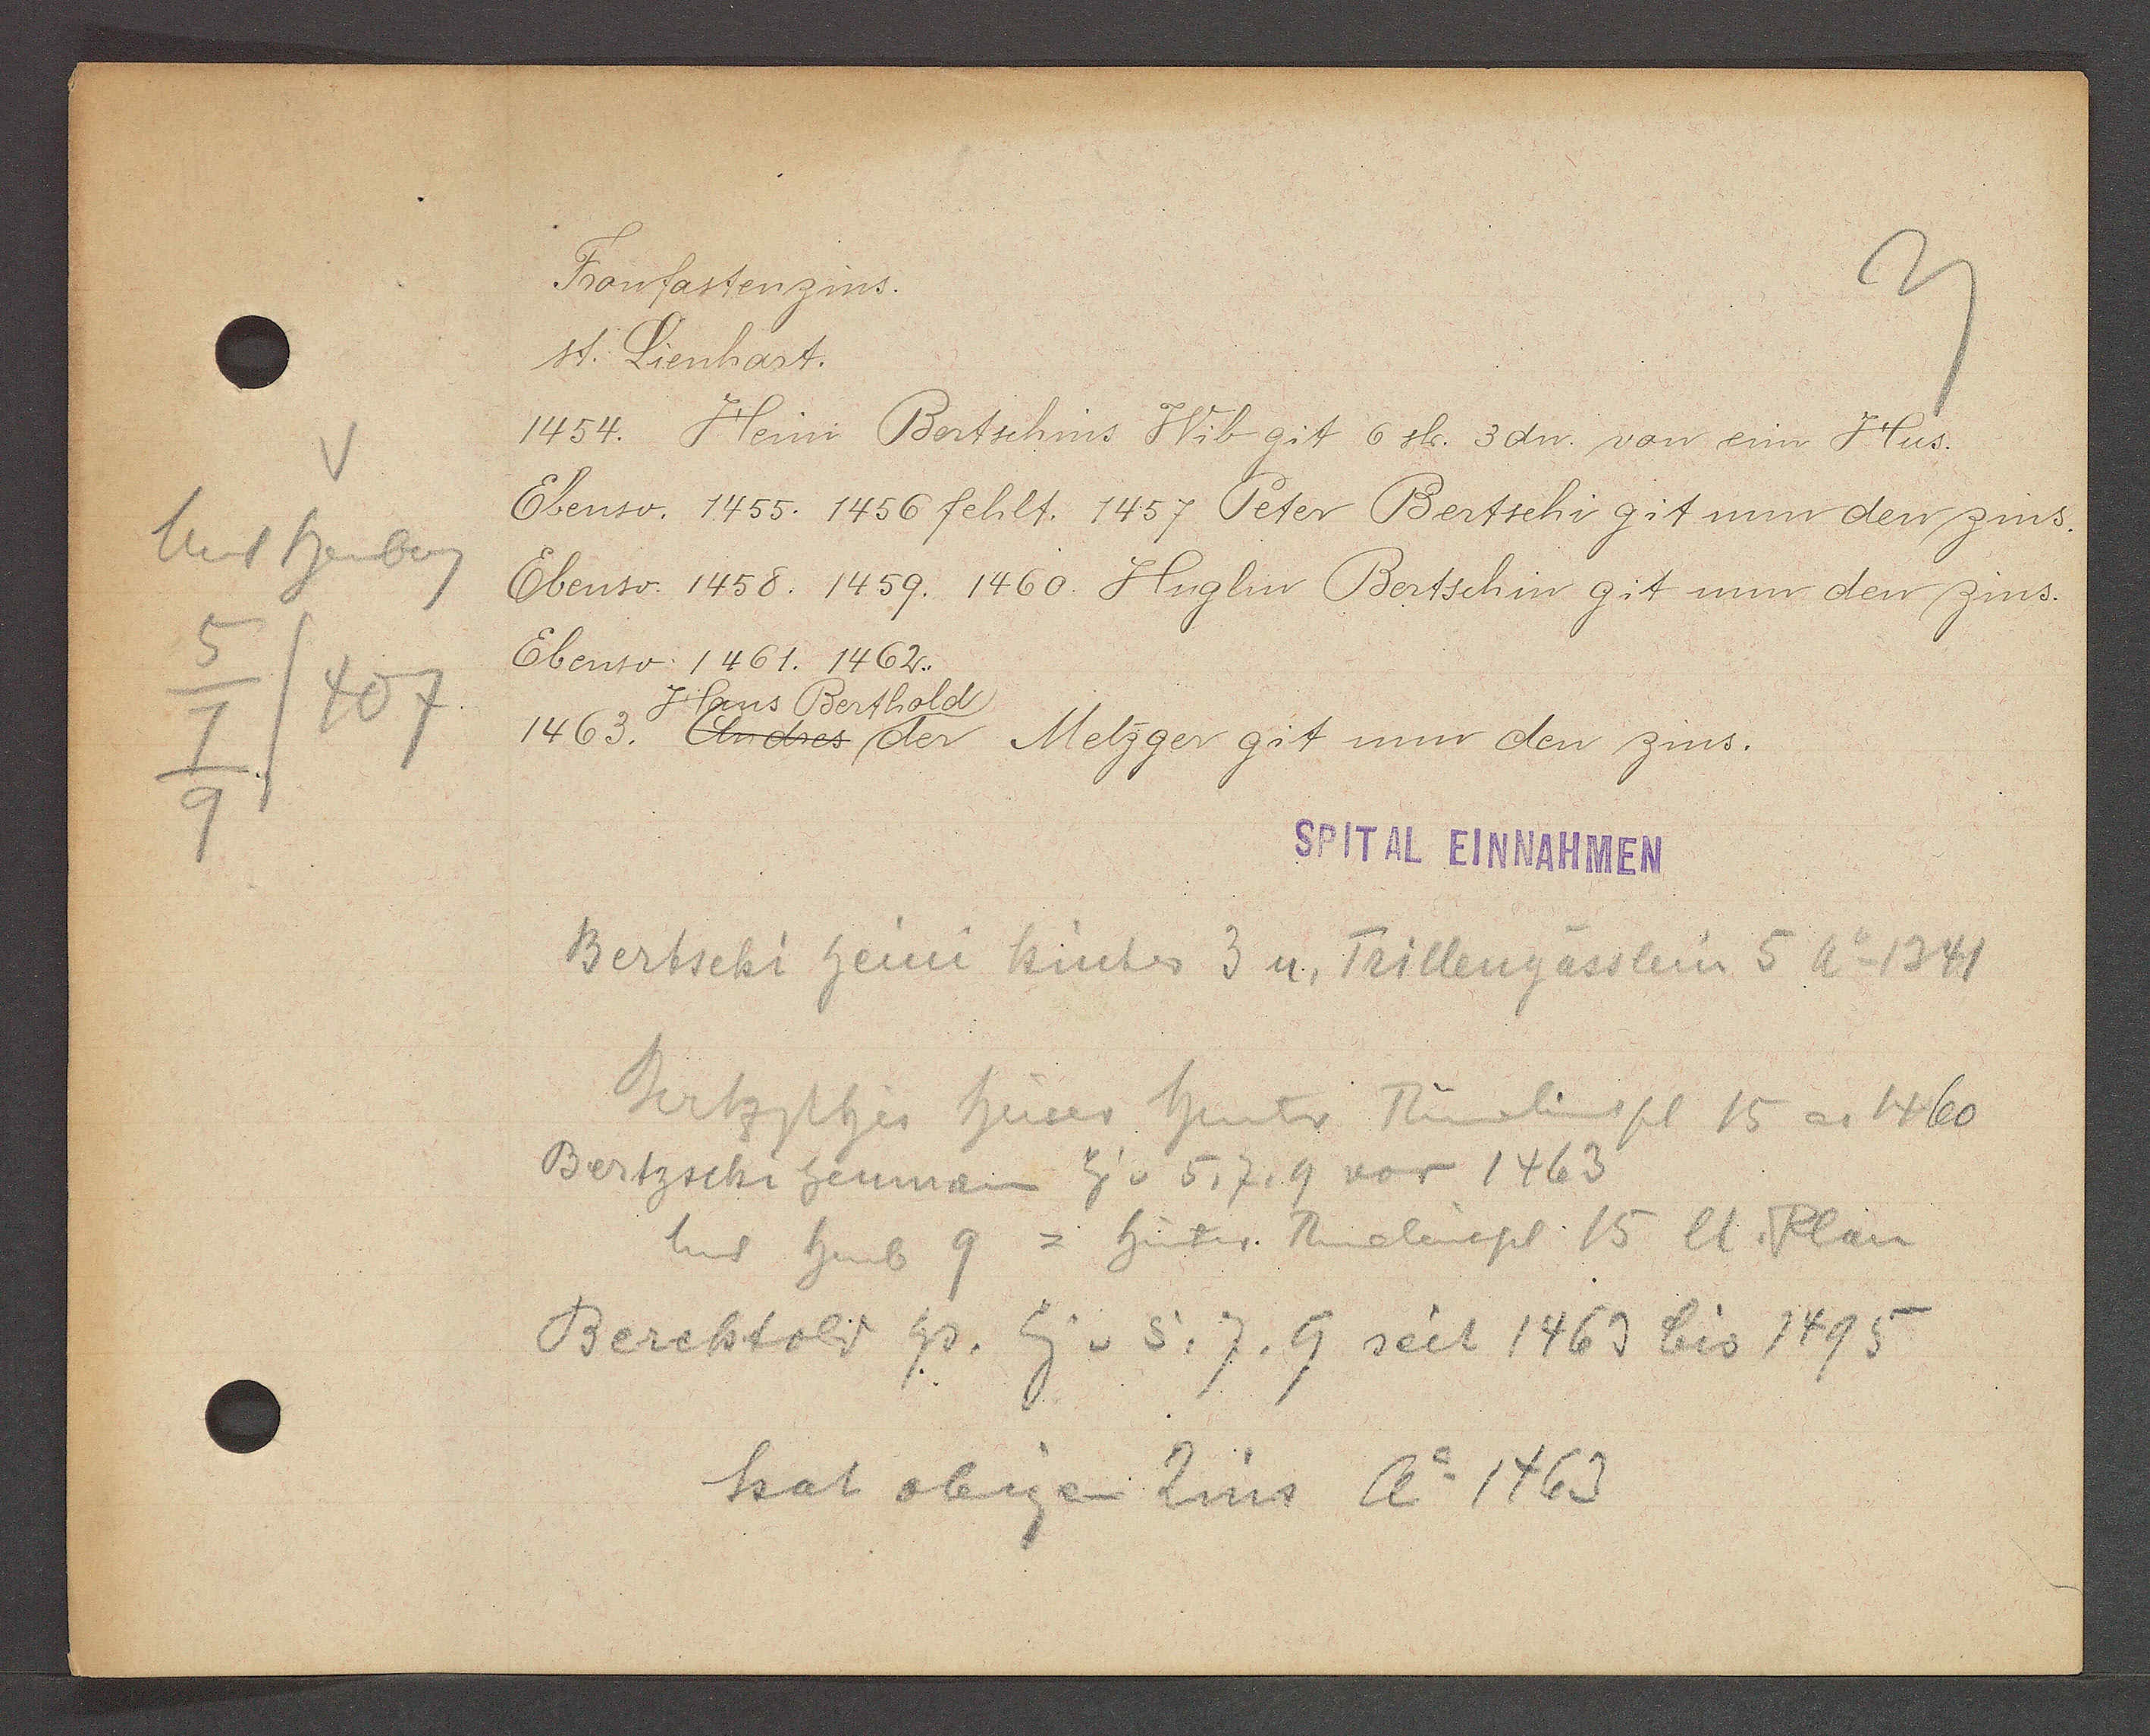
Transcript:
V
Unt heuberg
5
407
7
9

Fronfastenzins.

st. Lienhart.
1454. Heini Bartschins Wib git 6 sh. 3dn. von eim Hus.
Ebenso. 1455. 1456 fehlt. 1457 Peter Bertschi git nun den zins.
Ebenso. 1458. 1459. 1460. Huglin Bertschin git nun den zins.
Ebenso. 1461. 1462.
Hans Berthold
1463. An dres der Metzger git nun den zins.

SPITAL EINNAHMEN

Bertschi heini hinter 3 u. Trillengässlein 5 Ao 1341
Bertzschi Huser hinter Rumelinspl 15 ao 1460
Bertzschi heuman Eig v 5, 7, 9 vor 1463
hus heub 9 = hinter. Rumelingspl 15 lt. Plan
Berchtold Hs. Eg v. 5, 7, 9 seit 1463 bis 1495
hat obigen Zins Ao 1463